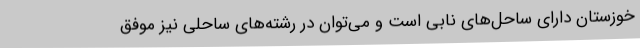
خوزستان دارای ساحل‌های نابی است و می‌توان در رشته‌های ساحلی نیز موفق